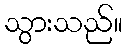
သွားသည်။